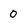
Character: 0